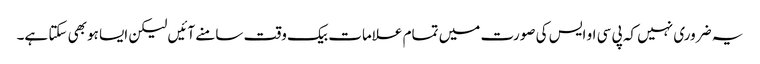
یہ ضروری نہیں کہ پی سی او ایس کی صورت میں تمام علامات بیک وقت سامنے آئیں لیکن ایسا ہوبھی سکتا ہے۔